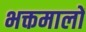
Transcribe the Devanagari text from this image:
भक्तमालों